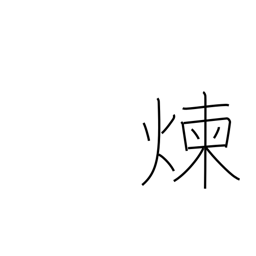
Meaning: refine metals